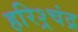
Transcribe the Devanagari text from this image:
हरिश्र्चंद्र